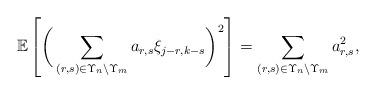
LaTeX: \begin{align*}{\mathbb E}\left[\bigg(\sum_{(r, s)\in \Upsilon_{n}\backslash \Upsilon_m} a_{r,s}\xi_{j-r, k-s} \bigg)^2\right] = \sum_{(r, s)\in \Upsilon_{n}\backslash \Upsilon_m} a_{r,s}^2,\end{align*}